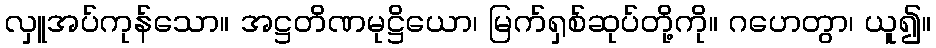
လှူအပ်ကုန်သော။ အဋ္ဌတိဏမုဋ္ဌိယော၊ မြက်ရှစ်ဆုပ်တို့ကို။ ဂဟေတွာ၊ ယူ၍။